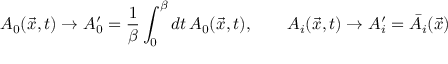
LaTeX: A _ { 0 } ( \vec { x } , t ) \rightarrow A _ { 0 } ^ { \prime } = { \frac { 1 } { \beta } } \int _ { 0 } ^ { \beta } d t \, A _ { 0 } ( \vec { x } , t ) , \qquad A _ { i } ( \vec { x } , t ) \rightarrow A _ { i } ^ { \prime } = \bar { A } _ { i } ( \vec { x } )